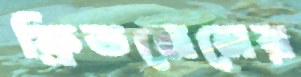
ফ্রিডমেনের